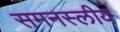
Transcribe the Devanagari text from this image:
समनस्लीय